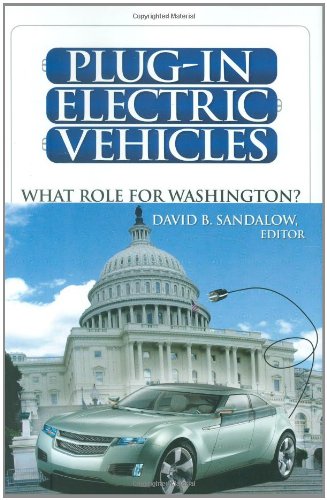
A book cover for Plug-In Electric Vehicles: What Role for Washington?; Business & Money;